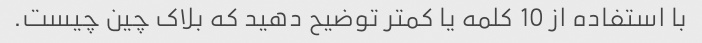
با استفاده از 10 کلمه یا کمتر توضیح دهید که بلاک چین چیست.